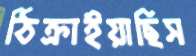
ঠিক্‌রাইয়াছিস